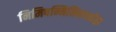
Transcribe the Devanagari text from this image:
निमिषन्निमिषार्ध्वाद्वा